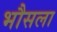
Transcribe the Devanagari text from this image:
भौसला